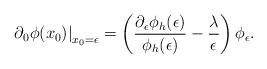
LaTeX: \begin{align*}\left.\partial_0\phi(x_0)\right|_{x_0=\epsilon} = \left({\partial_\epsilon \phi_h(\epsilon) \over \phi_h(\epsilon) } - {\lambda\over\epsilon}\right) \phi_\epsilon.\end{align*}